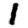
Digit: 1